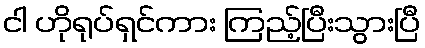
ငါ ဟိုရုပ်ရှင်ကား ကြည့်ပြီးသွားပြီ